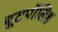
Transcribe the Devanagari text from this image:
बूटपॉलिश